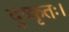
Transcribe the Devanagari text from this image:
दुष्कृतः।